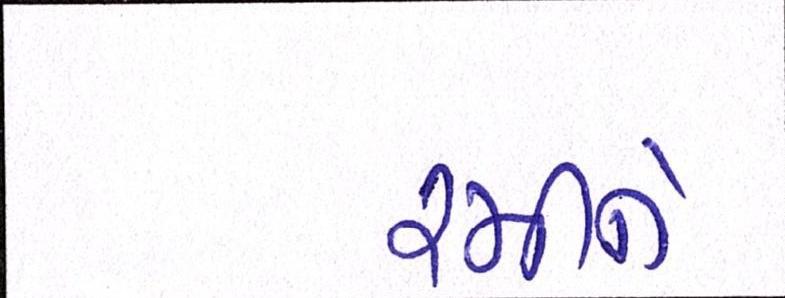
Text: રમીને